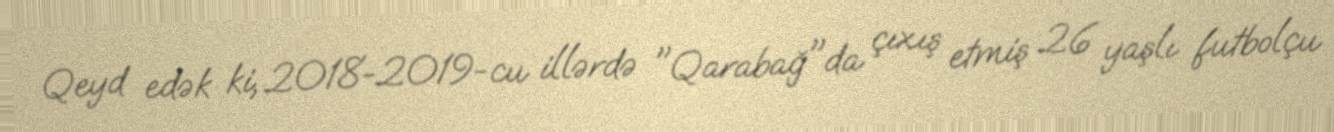
Qeyd edək ki, 2018-2019-cu illərdə "Qarabağ"da çıxış etmiş 26 yaşlı futbolçu